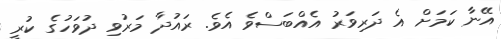
އޭނާ ކަމަށް އެ ދަރިވަރު އެއްބަސްވެ އެވެ. ރައުދާ މަރުވި ދުވަހުގެ ކުރީ